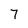
Character: 7